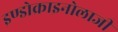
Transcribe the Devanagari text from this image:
इण्डोक्राइनोलाजी